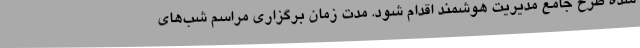
شده طرح جامع مدیریت هوشمند اقدام شود. مدت زمان برگزاری مراسم شب‌های